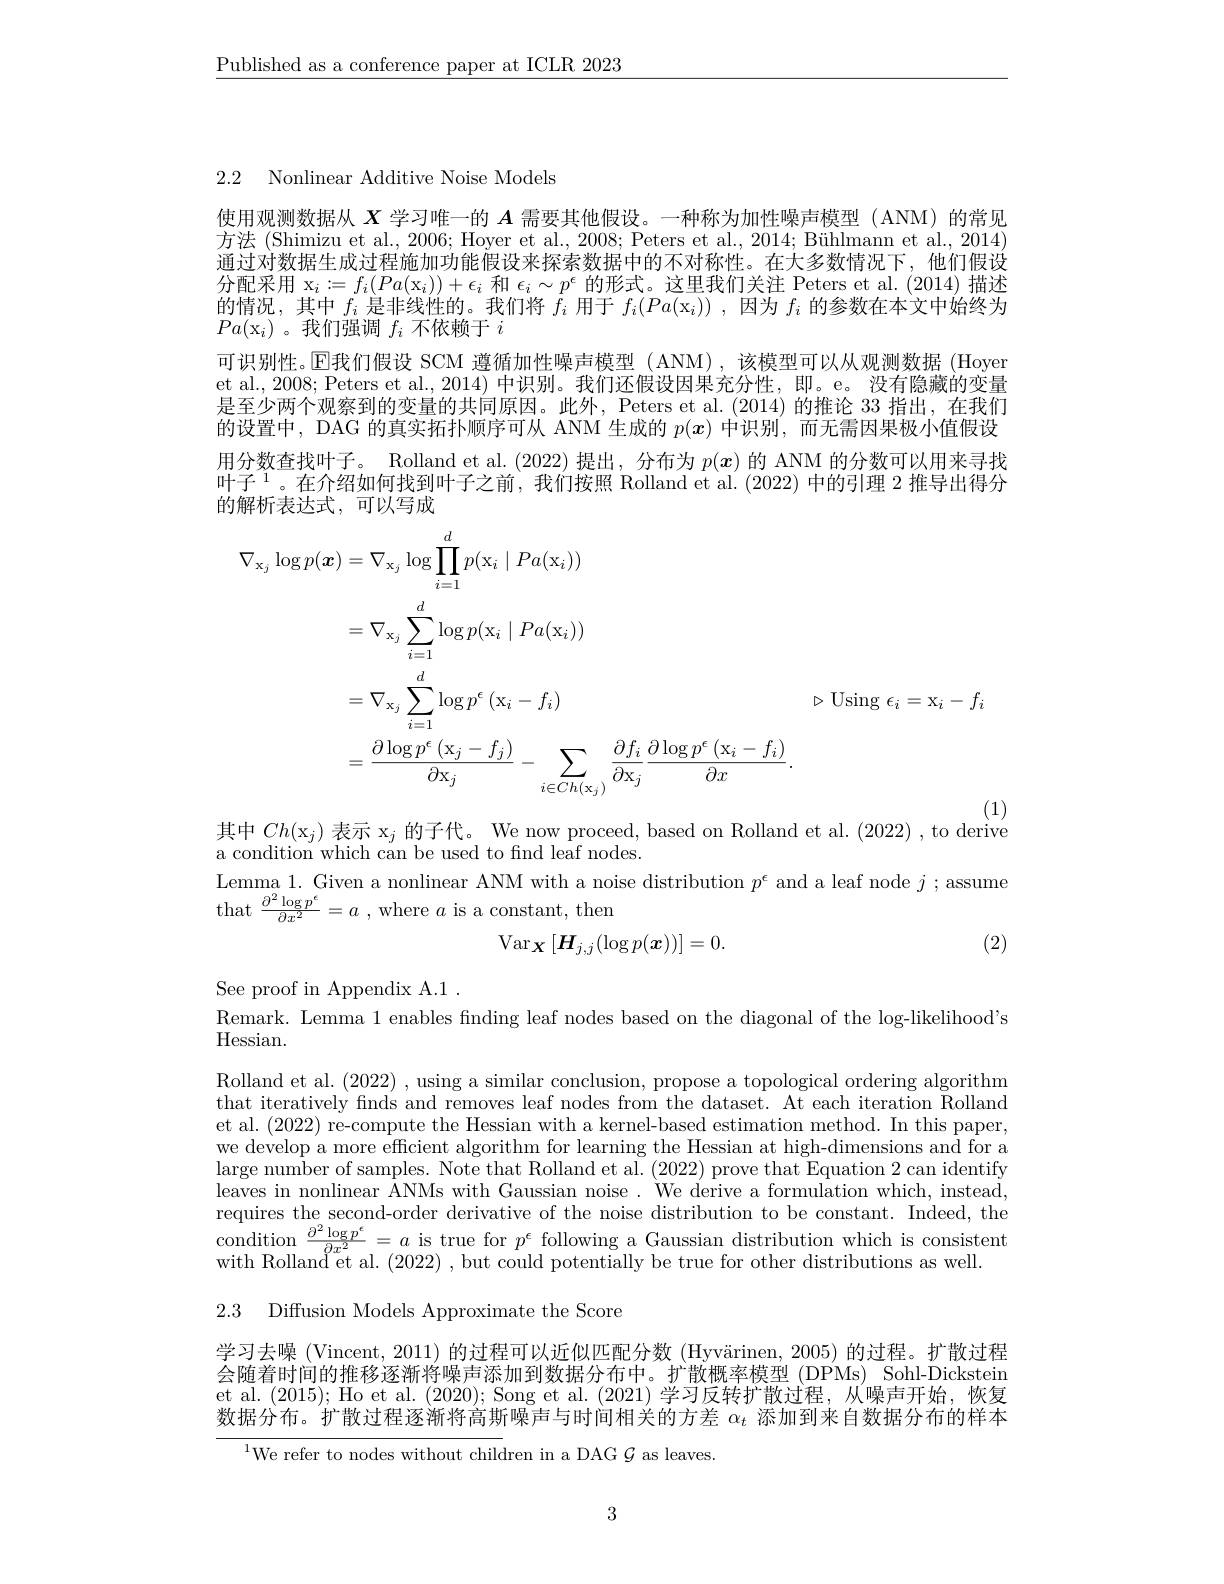
$\underline{\text{Published as a conference paper at ICLR 2023}}$

2.2 Nonlinear Additive Noise Models

使用观测数据从$X$学习唯一的$A$需要其他假设。一种称为加性噪声模型 (ANM) 的常见方法 (Shimizu et al., 2006; Hoyer et al., 2008; Peters et al., 2014; Bühlmann et al., 2014) 通过对数据生成过程施加功能假设来探索数据中的不对称性。在大多数情况下，他们假设分配采用 x$_i:=f_i(Pa(\mathrm{x}_i))+\epsilon_i$和$\epsilon_i\sim p^\epsilon$的形式。这里我们关注 Peters et al.(2014)描述的情况，其中$f_i$是非线性的。我们将$f_i$用于$f_i(Pa(\mathrm{x}_i))$ ,因为$f_i$的参数在本文中始终为$Pa(\mathrm{x}_i)$。我们强调$f_i$不依赖于$i$
可识别性。$\mathbb{E}$我们假设 SCM 遵循加性噪声模型 (ANM),该模型可以从观测数据 (Hoyer et al., 2008; Peters et al., 2014) 中识别。我们还假设因果充分性，即。e。没有隐藏的变量是至少两个观察到的变量的共同原因。此外，Peters et al.(2014) 的推论 33 指出，在我们的设置中，DAG 的真实拓扑顺序可从 ANM 生成的$p(\boldsymbol{x})$中识别，而无需因果极小值假设用分数查找叶子。Rolland et al. (2022) 提出，分布为$p(\boldsymbol{x})$的 ANM 的分数可以用来寻找叶子$^1$。在介绍如何找到叶子之前，我们按照 Rolland et al.(2022) 中的引理 2 推导出得分的解析表达式，可以写成
$$\begin{aligned}\nabla_{\mathrm{x}_{j}}\log p(\boldsymbol{x})&=\nabla_{\mathrm{x}_{j}}\log\prod_{i=1}^{d}p(x_{i}\mid Pa(\mathrm{x}_{i}))\\&=\nabla_{\mathrm{x}_{j}}\sum_{i=1}^{d}\log p(\mathrm{x}_{i}\mid Pa(\mathrm{x}_{i}))\\&=\nabla_{\mathrm{x}_{j}}\sum_{i=1}^{d}\log p^{\epsilon}\left(\mathrm{x}_{i}-f_{i}\right)&\triangleright\mathrm{~Using~}\epsilon_{i}=\mathrm{x}_{i}-f_{i}\\&=\frac{\partial\log p^{\epsilon}\left(\mathrm{x}_{j}-f_{j}\right)}{\partial\mathrm{x}_{j}}-\sum_{i\in Ch(\mathrm{x}_{j})}\frac{\partial f_{i}}{\partial\mathrm{x}_{j}}\frac{\partial\log p^{\epsilon}\left(\mathrm{x}_{i}-f_{i}\right)}{\partial x}.\end{aligned}$$
其中$Ch(\mathrm{x}_j)$表示$\mathrm{x}_j$的子代。We now proceed, based on Rolland et al. (2022) , to derivé

a condition which can be used to find leaf nodes.
Lemma 1. Given a nonlinear ANM with a noise distribution $p^\epsilon$ and a leaf node $j;$assume
that $\frac{\partial^2\log p^\epsilon}{\partial x^2}=a$ , where $a$ is a constant, then
$$\mathrm{Var}_{\boldsymbol{X}}\left[\boldsymbol{H}_{j,j}(\log p(\boldsymbol{x}))\right]=0.$$
(2)

See proof in Appendix A.1 .
Remark. Lemma 1 enables finding leaf nodes based on the diagonal of the log-likelihood's
Hessian.

Rolland et al. (2022) , using a similar conclusion, propose a topological ordering algorithm that iteratively finds and removes leaf nodes from the dataset. At each iteration Rolland et al. (2022) re-compute the Hessian with a kernel-based estimation method. In this paper, we develop a more efficient algorithm for learning the Hessian at high-dimensions and for a large number of samples. Note that Rolland et al. (2022) prove that Equation 2 can identify leaves in nonlinear ANMs with Gaussian noise. We derive a formulation which, instead, requires the second-order derivative of the noise distribution to be constant. Indeed, the condition $\frac{\partial^2\log p^\epsilon}{\partial x^2}=a$ is true for $p^\epsilon$ following a Gaussian distribution which is consistent with Rolland$^{\mathrm{o}}$et al. (2022) , but could potentially be true for other distributions as well.

2.3 Diffusion Models Approximate the Score

学习去噪 (Vincent, 2011) 的过程可以近似匹配分数 (Hyvärinen, 2005) 的过程。扩散过程会随着时间的推移逐渐将噪声添加到数据分布中。扩散概率模型 (DPMs) Sohl-Dickstein et al. (2015); Ho et al. (2020); Song et al. (2021)学习反转扩散过程，从噪声开始，恢复数据分布。扩散过程逐渐将高斯噪声与时间相关的方差$\alpha_t$添加到来自数据分布的样本

$^{1}$We refer to nodes without children in a DAG $\mathcal{G}$ as leaves.

3